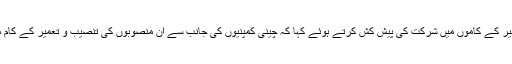
وزیراعلی نے چینی کمپنیوں کو گیس سے چلنے والے بجلی کے کارخانوں کی تنصیب و تعمیر کے کاموں میں شرکت کی پیش کش کرتے ہوئے کہا کہ چینی کمپنیوں کی جانب سے ان منصوبوں کی تنصیب و تعمیر کے کام میں حصہ لینے کا خیر مقدم کریں گے اور چینی ماہرین کو ہر ممکن تحفظ فراہم کیاجائے گا۔